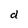
Character: d